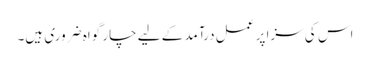
اس کی سزا پر عمل درآمد کے لیے چار گواہ ضروری ہیں۔